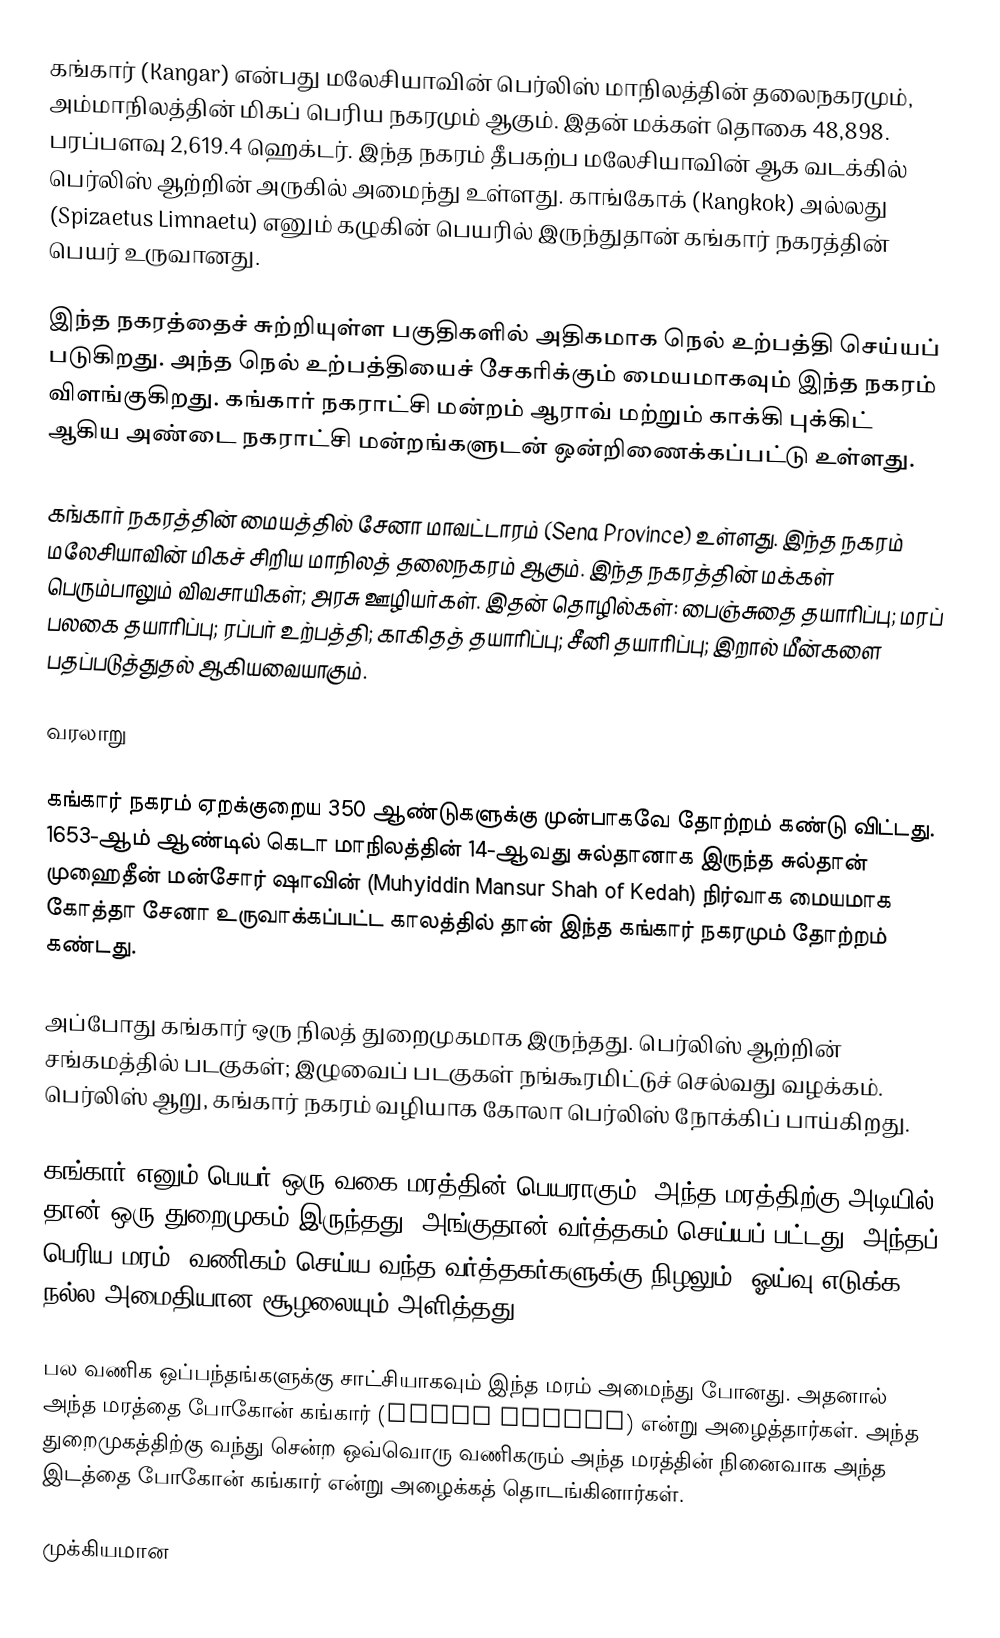
கங்கார் (Kangar) என்பது மலேசியாவின் பெர்லிஸ் மாநிலத்தின் தலைநகரமும், அம்மாநிலத்தின் மிகப் பெரிய நகரமும் ஆகும். இதன் மக்கள் தொகை 48,898. பரப்பளவு 2,619.4 ஹெக்டர். இந்த நகரம் தீபகற்ப மலேசியாவின் ஆக வடக்கில் பெர்லிஸ் ஆற்றின் அருகில் அமைந்து உள்ளது. காங்கோக் (Kangkok) அல்லது (Spizaetus Limnaetu) எனும் கழுகின் பெயரில் இருந்துதான் கங்கார் நகரத்தின் பெயர் உருவானது.

இந்த நகரத்தைச் சுற்றியுள்ள பகுதிகளில் அதிகமாக நெல் உற்பத்தி செய்யப் படுகிறது. அந்த நெல் உற்பத்தியைச் சேகரிக்கும் மையமாகவும் இந்த நகரம் விளங்குகிறது. கங்கார் நகராட்சி மன்றம் ஆராவ் மற்றும் காக்கி புக்கிட் ஆகிய அண்டை நகராட்சி மன்றங்களுடன் ஒன்றிணைக்கப்பட்டு உள்ளது.

கங்கார் நகரத்தின் மையத்தில் சேனா மாவட்டாரம் (Sena Province) உள்ளது. இந்த நகரம் மலேசியாவின் மிகச் சிறிய மாநிலத் தலைநகரம் ஆகும். இந்த நகரத்தின் மக்கள் பெரும்பாலும் விவசாயிகள்; அரசு ஊழியர்கள். இதன் தொழில்கள்: பைஞ்சுதை தயாரிப்பு; மரப் பலகை தயாரிப்பு; ரப்பர் உற்பத்தி; காகிதத் தயாரிப்பு; சீனி தயாரிப்பு;  இறால் மீன்களை பதப்படுத்துதல் ஆகியவையாகும்.

வரலாறு

கங்கார் நகரம் ஏறக்குறைய 350 ஆண்டுகளுக்கு முன்பாகவே தோற்றம் கண்டு விட்டது. 1653-ஆம் ஆண்டில் கெடா மாநிலத்தின் 14-ஆவது சுல்தானாக இருந்த சுல்தான் முஹைதீன் மன்சோர் ஷாவின் (Muhyiddin Mansur Shah of Kedah) நிர்வாக மையமாக கோத்தா சேனா உருவாக்கப்பட்ட காலத்தில் தான் இந்த கங்கார் நகரமும் தோற்றம் கண்டது.

அப்போது கங்கார் ஒரு நிலத் துறைமுகமாக இருந்தது. பெர்லிஸ் ஆற்றின் சங்கமத்தில் படகுகள்; இழுவைப் படகுகள் நங்கூரமிட்டுச் செல்வது வழக்கம். பெர்லிஸ் ஆறு, கங்கார் நகரம் வழியாக கோலா பெர்லிஸ் நோக்கிப் பாய்கிறது.

கங்கார் எனும் பெயர் ஒரு வகை மரத்தின் பெயராகும். அந்த மரத்திற்கு அடியில் தான் ஒரு துறைமுகம் இருந்தது. அங்குதான் வர்த்தகம் செய்யப் பட்டது, அந்தப் பெரிய மரம்; வணிகம் செய்ய வந்த வர்த்தகர்களுக்கு நிழலும்; ஓய்வு எடுக்க நல்ல அமைதியான சூழலையும் அளித்தது.

பல வணிக ஒப்பந்தங்களுக்கு சாட்சியாகவும் இந்த மரம் அமைந்து போனது. அதனால் அந்த மரத்தை போகோன் கங்கார் (Pohon Kangar) என்று அழைத்தார்கள். அந்த துறைமுகத்திற்கு வந்து சென்ற ஒவ்வொரு வணிகரும் அந்த மரத்தின் நினைவாக அந்த இடத்தை போகோன் கங்கார் என்று அழைக்கத் தொடங்கினார்கள்.

முக்கியமான